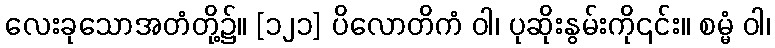
လေးခုသောအတံတို့၌။ [၁၂၁] ပိလောတိကံ ဝါ၊ ပုဆိုးနွမ်းကို၎င်း။ စမ္မံ ဝါ၊